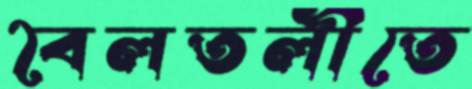
বৈলতলীতে